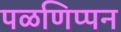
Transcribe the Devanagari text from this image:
पळणिप्पन